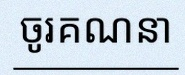
ចូរគណនា